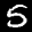
Label: 5